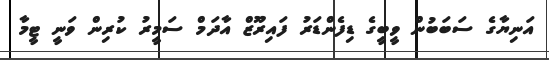
އަނިޔާގެ ސަބަބުން ވީބީގެ ޑިފެންޑަރު ފައިރޫޒް އާދަމް ސަމީރު ކުރިން ވަނީ ޓީމާ